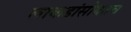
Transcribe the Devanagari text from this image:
लाकडांसोबतच